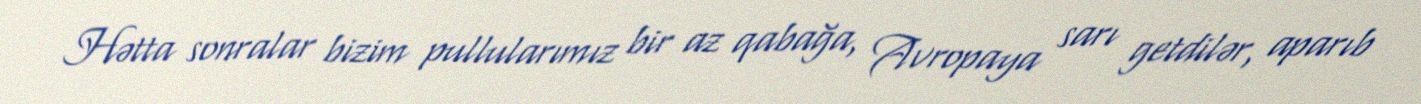
Hətta sonralar bizim pullularımız bir az qabağa, Avropaya sarı getdilər, aparıb